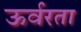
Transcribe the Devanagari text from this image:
ऊर्वरता